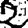
Digit: 2